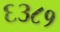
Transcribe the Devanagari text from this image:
६३८१